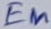
Text: En